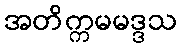
အတိက္ကမမဒ္ဒသ